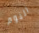
النوم